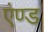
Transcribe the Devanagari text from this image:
एंण्ड